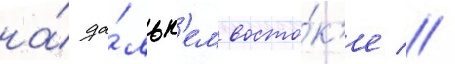
на́ да́льн'ем восто́к'е //